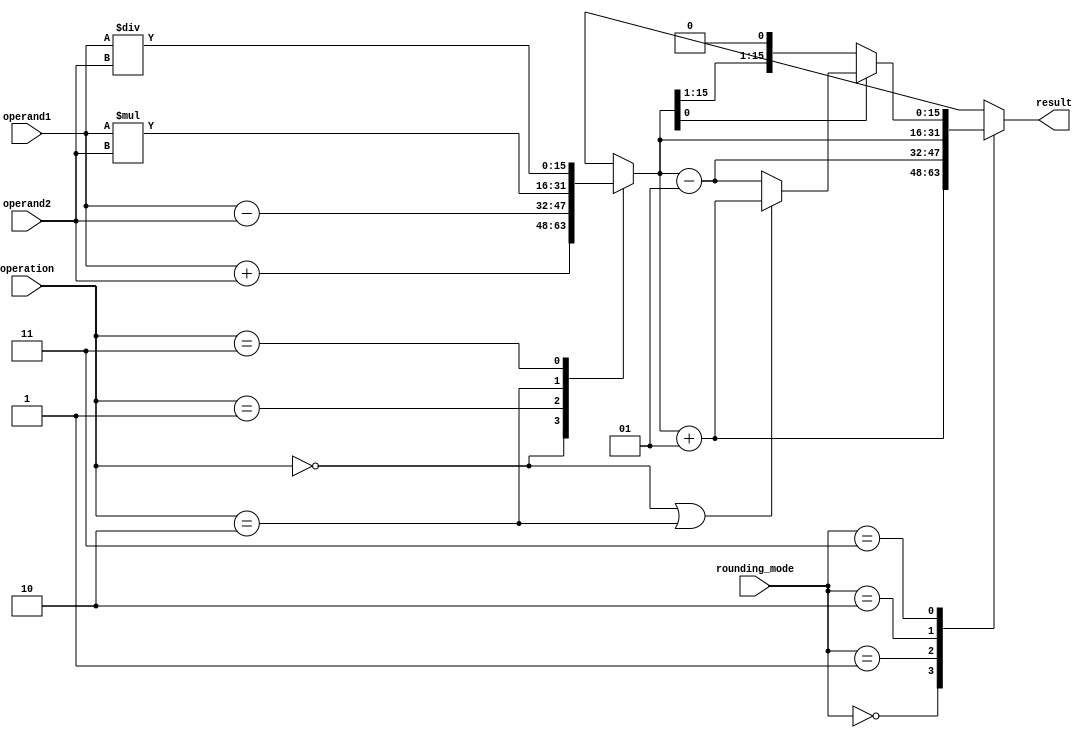
module rounding_unit (
    input signed [15:0] operand1,
    input signed [15:0] operand2,
    input [1:0] operation, // 00: addition, 01: subtraction, 10: multiplication, 11: division
    input [1:0] rounding_mode, // 00: round up, 01: round down, 10: round to zero, 11: round to nearest
    output reg signed [15:0] result
);

always @(*) begin
    case(operation)
        2'b00: result = operand1 + operand2; // addition
        2'b01: result = operand1 - operand2; // subtraction
        2'b10: result = operand1 * operand2; // multiplication
        2'b11: result = operand1 / operand2; // division
    endcase
    
    case(rounding_mode)
        2'b00: result = result + 1; // round up
        2'b01: result = result - 1; // round down
        2'b10: result = result; // round to zero
        2'b11: begin // round to nearest
            if(result[0] == 1) begin
                if(operation == 2'b00 || operation == 2'b10) // addition or multiplication
                    result = result + 1;
                else
                    result = result - 1;
            end
        end
    endcase
end

endmodule